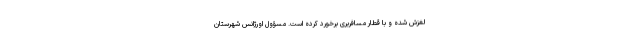
لغزش شده و با قطار مسافربری برخورد کرده است. مسؤول اورژانس شهرستان